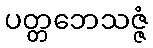
ပတ္တဘေသဇ္ဇံ